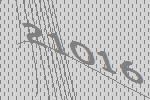
21016